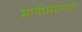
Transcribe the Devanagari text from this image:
मणीमंडपात